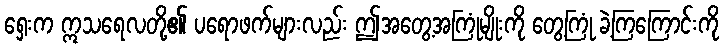
ရှေးက ဣသရေလတို့၏ ပရောဖက်များလည်း ဤအတွေ့အကြုံမျိုးကို တွေ့ကြုံ ခဲ့ကြကြောင်းကို